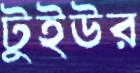
টুইউর